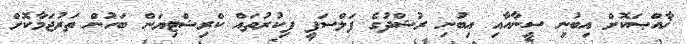
ޚާއްޞަކޮށް އިބުނި ސީނާއާއި އިބުނި ރުޝްދުގެ ފަލްސަފީ ފިކުރުތައް ކްރިޝްޓިޔަން ބަހުން ތަރުޖަމާކޮށް